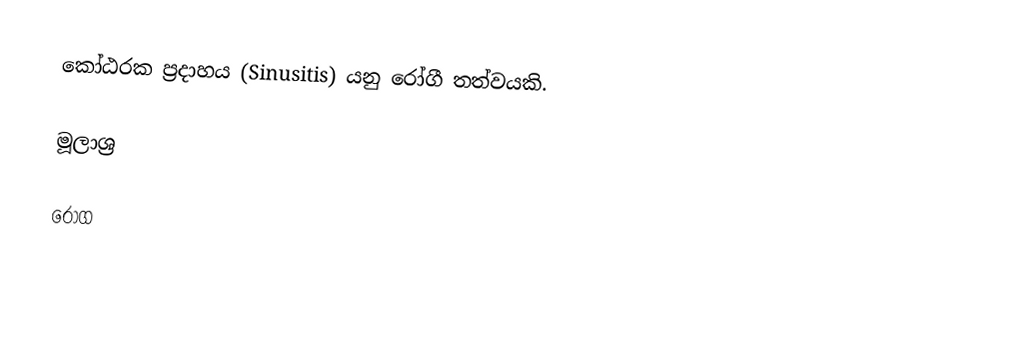
කෝඨරක ප්‍රදාහය (Sinusitis) යනු රෝගී තත්වයකි.

මූලාශ්‍ර

රෝග